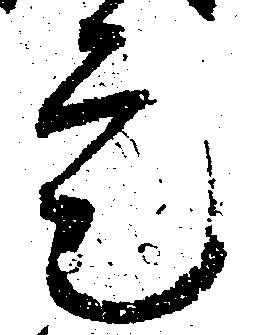
定